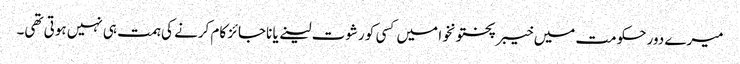
میرے دور حکومت میں خیبر پختونخوا میں کسی کو رشوت لینے یا ناجائز کام کرنے کی ہمت ہی نہیں ہوتی تھی۔